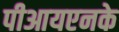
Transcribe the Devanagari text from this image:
पीआयएनके